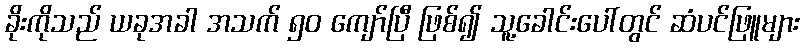
ခိုးကိုသည် ယခုအခါ အသက် ၅၀ ကျော်ပြီ ဖြစ်၍ သူ့ခေါင်းပေါ်တွင် ဆံပင်ဖြူများ